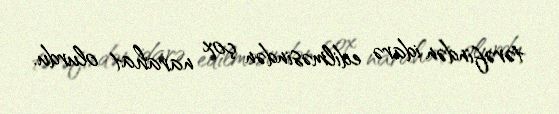
tərəfindən idarə edilməsindən çox narahat olurdu.